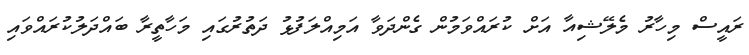
ރައީސް މިހާރު މެލޭޝިއާ އަށް ކުރައްވަމުން ގެންދަވާ އަމިއްލަފުޅު ދަތުރުގައި މަހާތީރާ ބައްދަލުކުރައްވައި